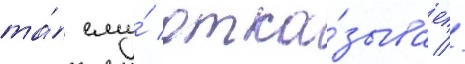
та́ ему́ отка́зывает //